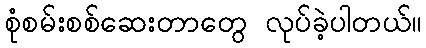
စုံစမ်းစစ်ဆေးတာတွေ လုပ်ခဲ့ပါတယ်။